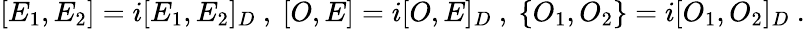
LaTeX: [E_{1},E_{2}]=i[E_{1},E_{2}]_{D}~,~[O,E]=i[O,E]_{D}~,~\{ O_{1},O_{2}\} =i[O_{1},O_{2}]_{D}~.